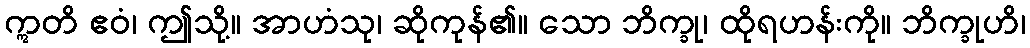
ဣတိ ဧဝံ၊ ဤသို့။ အာဟံသု၊ ဆိုကုန်၏။ သော ဘိက္ခု၊ ထိုရဟန်းကို။ ဘိက္ခုဟိ၊